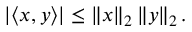
\left| \langle x , y \rangle \right| \leq \left\| x \right\| _ { 2 } \left\| y \right\| _ { 2 } .